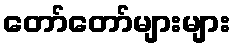
တော်တော်များများ